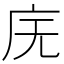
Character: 庑